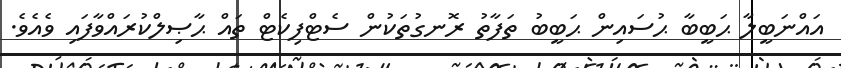
އައްނަބީލާ ޙަބީބާ ޙުސައިން ޙަބީބު ތަފާތު ރޮނގުތަކުން ސެޓްފިކެޓް ތައް ޙާޞިލްކުރައްވާފައި ވެއެވެ.